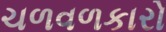
ચળવળકારો